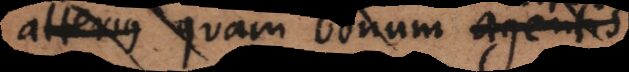
alterius quam bonum alterius